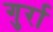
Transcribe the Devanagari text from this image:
गुर्रा